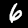
Digit: 6